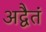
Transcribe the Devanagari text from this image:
अद्वैतं